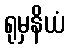
ရုမှနိယံ